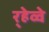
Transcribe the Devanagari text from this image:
र्‍हेव्वे